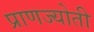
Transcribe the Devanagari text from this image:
प्राणज्योती